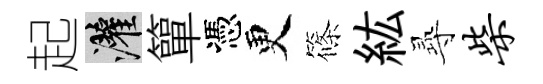
起灌簞憑更篠紘𡬶柴